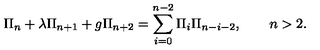
\Pi _ { n } + \lambda \Pi _ { n + 1 } + g \Pi _ { n + 2 } = \sum _ { i = 0 } ^ { n - 2 } \Pi _ { i } \Pi _ { n - i - 2 } , \qquad n > 2 .